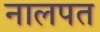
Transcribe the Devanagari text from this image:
नालपत